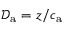
\mathcal { D } _ { \mathrm { a } } = z / c _ { \mathrm { a } }